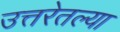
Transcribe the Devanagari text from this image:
उत्तरेतल्या